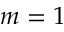
m = 1